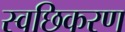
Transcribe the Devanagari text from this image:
स्वछिकरण